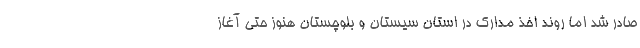
صادر شد اما روند اخذ مدارك در استان سيستان و بلوچستان هنوز حتي آغاز